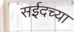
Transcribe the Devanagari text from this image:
सईदच्या